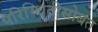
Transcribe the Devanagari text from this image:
परिस्थितीसोबत